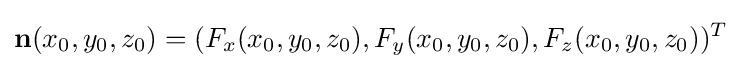
\mathbf {n} (x_{0},y_{0},z_{0})=(F_{x}(x_{0},y_{0},z_{0}),F_{y}(x_{0},y_{0},z_{0}),F_{z}(x_{0},y_{0},z_{0}))^{T}